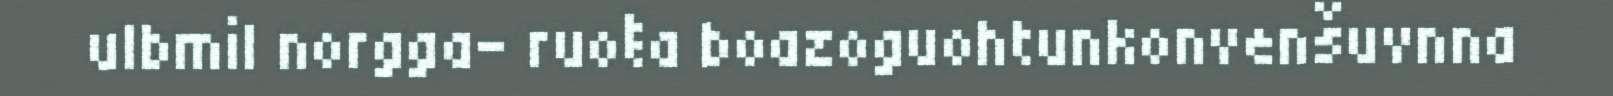
ulbmil norgga- ruoŧa boazoguohtunkonvenšuvnna